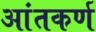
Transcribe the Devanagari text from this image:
आंतकर्ण